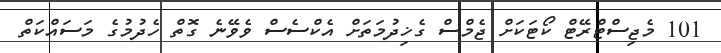
101 މެޖިސްޓްރޭޓް ކޯޓަކަށް ޖެމްސް ގެޚިދުމަތަށް އެކްސެސް ވެވޭނެ ގޮތް ހެދުމުގެ މަސައްކަތް